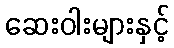
ဆေးဝါးများနှင့်